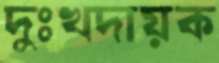
দুঃখদায়ক